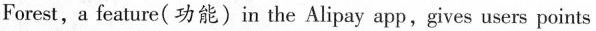
Forest,a feature(功能)in the Alipay app,gives users points